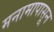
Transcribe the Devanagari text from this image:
मनामापासून